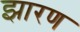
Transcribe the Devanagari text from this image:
झारण